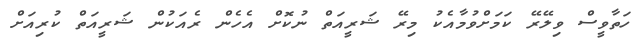
ހަތާވީސް ވިލޭރޭ ކަމަށްވުމާއެކު މިރޭ ޝަރީއަތް ނުކޮށް އެހެން ރެއަކުން ޝަރީއަތް ކުރިއަށް